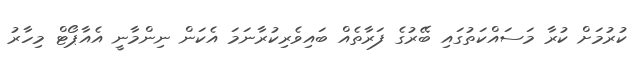
ކުރުމަށް ކުރާ މަސައްކަތުގައި ބޭރުގެ ފަރާތެއް ބައިވެރިކުރާނަމަ އެކަން ނިންމާނީ އެއާޕޯޓް މިހާރު